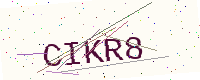
Text: CIKR8